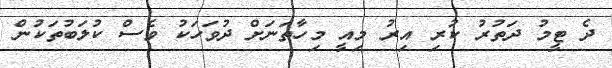
ދެ ޓީމު ދަތުރު ކުރި އިރު މިއީ މިހާތަނަށް ދުވަހަކު ވެސް ކުލަބުތަކުން